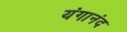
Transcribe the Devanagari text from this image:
यंगानंद